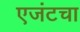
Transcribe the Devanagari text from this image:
एजंटचा